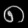
Digit: ၈